Calcutta medical institutions reports 1879-81 [i.e.91]
Year: 1879
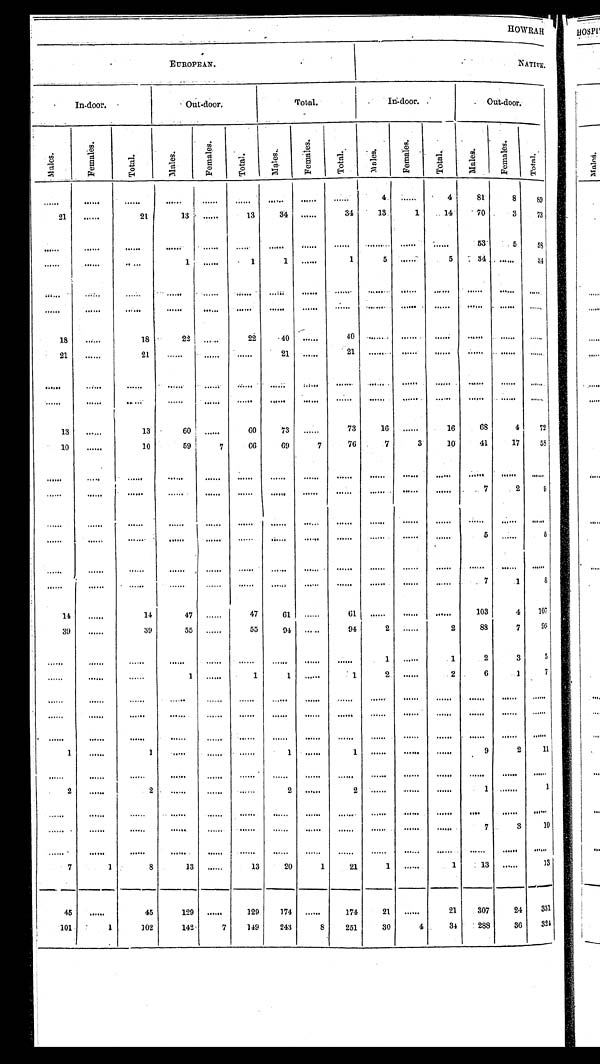
E UROPEAN
NATIVE.
I n - d o o r .
Out-door.
Total.
I n - d o o r .
Out-door.
M a l e s .
F e m a l e s .
T o t a l .
M a l e s .
F e m a l e s . T o t a l .
M a l e s . F e m a l e s .
T o t a l .
M a l e s .
F e m a l e s .
T o t a l .
M a l e s .
F e m a l e s .
T o t a l .
. . .
...
. . .
. . .
. . . . . .
. . .
. . .
. . .
4
. . .
4
8 1
8
8 9
2 1
...
2 1 1 3
. . .
1 3
3 4
. . .
3 4
1 3
1
1 4
7 0
3
7 3
. . . ...
. . .
. . .
. . .
. . .
. . .
. . .
. . .
. . .
. . .
. . .
5 3
5
5 8
. . . ...
. . .
1
. . .
1
1
. . .
1
5
. . .
5
3 4
. .
3 4
. . .
. . .
. . .
. . .
. . .
. . .
. . .
. . .
. . .
. . .
. . .
. . .
. . .
. . .
. . .
. . . ...
. . .
. . .
. . .
. . .
. . .
. . .
. . .
. . .
. . .
. . .
. . .
. . .
. . .
1 8
...
1 8
2 2
. . .
2 2
4 0
. . .
4 0
. . .
. . .
. . .
. . .
. . .
. . .
2 1
...
2 1
. . .
. . .
. . .
2 1
. . .
2 1
. . .
. . .
. . .
. . .
. . .
. . .
. . . ...
. . .
. . .
. . .
. . .
. . .
. . .
. . .
. . .
. . .
. . .
. . .
. . .
. . .
. . . ...
. . .
. . .
. . .
. . .
. . .
...
. . .
. . .
. . .
...
. . .
. . .
. . .
1 3
...
1 3
6 0
. . .
6 0
7 3
. . .
7 3
1 6
. . .
1 6
6 8
4
7 2
1 0
...
1 0
5 9
7
6 6
6 9
7
7 6
7
3
1 0
4 1
1 7
5 8
. . .
. . .
. . .
. . .
. . .
. . .
. . .
. . .
. . .
. . .
. . .
...
. . .
. . .
. . .
. . .
...
. . .
. . .
. . .
. . .
. . .
. . .
. . .
. . .
. . .
. . .
7
2
9
. . .
...
. . .
. . .
. . .
. . .
. . .
. . .
. . .
. . .
. . .
. . .
. . .
. . .
. . .
. . .
...
. . .
. . .
. . .
. . .
. . .
. . .
. . .
. . .
. . .
. . .
5
. .
5
. . .
...
. . .
. . .
. . .
. . .
. . . .
. . .
. . .
. . .
. . .
. . .
. . .
. . .
. . .
. . .
. . .
. . .
. . . . . .
. . .
. . .
. . .
. . .
. . .
. . .
. . .
7
1
8
1 4
. . .
1 4
4 7
. . .
4 7
6 1
. . .
6 1
. . .
. . .
. . .
1 0 3
4
1 0 7
3 9
. . .
3 9
5 5
. . .
5 5
9 4
. . .
9 4
2
. . .
2
8 8
7
9 5
. . .
...
. . .
. . .
. . .
. . .
. . .
. . .
. . .
1
. . .
1
2
3
5
. . .
...
. . .
1
. . .
1
1
. . .
1
2
. . .
2
6
1
7
. . .
...
. . .
. . ..
. .
. . .
. . .
. . .
. . .
. . .
. . .
. . .
. . .
. . .
. . .
. . .
...
. . .
. . .
. . .
. . .
. . .
. . .
. . .
. . .
. . .
. . .
. . .
. . .
. . .
. . .
...
. . .
. . .
. . .
. . .
. . .
. . .
.
. . .
. . .
. . .
. . .
. . .
. . .
1
. . .
1
. . .
. . .
. . .
1
. . .
1
. . .
. . .
. . .
9
2
1 1
. . .
...
. . .
. . .
. . .
. . .
. . .
. . .
. . .
. . .
. . .
. . .
. . .
. . .
. . .
2
. . .
2
. . .
. . .
. . .
2
. . .
2
. . .
. . .
. . .
1
. . .
1
. . .
...
. . . . . .
. . .
...
. . .
. . .
. . .
. . .
. . .
. . .
. . .
. . .
...
. . .
...
. . . . . .
. . .
. . .
. . .
. . .
. . .
. . .
. . .
. . .
7
3
1 0
. . .
...
. . . . . .
. . .
. . .
. . .
. . .
. . .
. . .
. . .
. . .
. . .
. . .
. . .
7
1
8
1 3
. . .
1 3
2 0
1
2 1
1
. . .
1
1 3
. . .
1 3
4 5
. . .
4 5
1 2 9
. . .
1 2 9
1 7 4
. . .
1 7 4
2 1
. . .
2 1
3 0 7
2 4
3 3 1
1 0 1
1
1 0 2
1 4 2
7
1 4 9
2 4 3
8
2 5 1
3 0
4
3 4
2 8 8
3 6
3 2 4